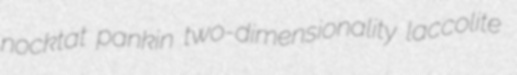
nocktat pankin two-dimensionality laccolite